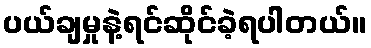
ပယ်ချမှုနဲ့ရင်ဆိုင်ခဲ့ရပါတယ်။